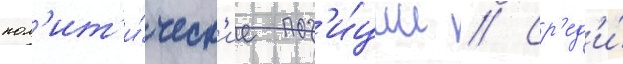
пол'ит'и́ческ'ие поз'и́ции // Ср'ед'и́